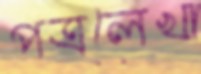
পত্রলেখা